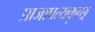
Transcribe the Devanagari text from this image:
प्राजापत्यकृच्छ्र